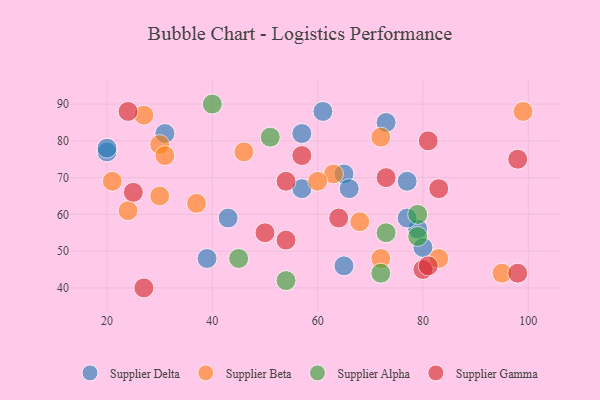
{"axis": {"x": "GDP", "y": "Life Expectancy"}, "legend": ["Supplier Alpha", "Supplier Beta", "Supplier Delta", "Supplier Gamma"], "data": [{"x": "73", "y": 85, "type": "Supplier Delta"}, {"x": "57", "y": 67, "type": "Supplier Delta"}, {"x": "20", "y": 77, "type": "Supplier Delta"}, {"x": "79", "y": 56, "type": "Supplier Delta"}, {"x": "43", "y": 59, "type": "Supplier Delta"}, {"x": "65", "y": 71, "type": "Supplier Delta"}, {"x": "57", "y": 82, "type": "Supplier Delta"}, {"x": "66", "y": 67, "type": "Supplier Delta"}, {"x": "77", "y": 69, "type": "Supplier Delta"}, {"x": "65", "y": 46, "type": "Supplier Delta"}, {"x": "39", "y": 48, "type": "Supplier Delta"}, {"x": "80", "y": 51, "type": "Supplier Delta"}, {"x": "31", "y": 82, "type": "Supplier Delta"}, {"x": "20", "y": 78, "type": "Supplier Delta"}, {"x": "77", "y": 59, "type": "Supplier Delta"}, {"x": "61", "y": 88, "type": "Supplier Delta"}, {"x": "30", "y": 79, "type": "Supplier Beta"}, {"x": "46", "y": 77, "type": "Supplier Beta"}, {"x": "21", "y": 69, "type": "Supplier Beta"}, {"x": "24", "y": 61, "type": "Supplier Beta"}, {"x": "63", "y": 71, "type": "Supplier Beta"}, {"x": "30", "y": 65, "type": "Supplier Beta"}, {"x": "99", "y": 88, "type": "Supplier Beta"}, {"x": "72", "y": 48, "type": "Supplier Beta"}, {"x": "83", "y": 48, "type": "Supplier Beta"}, {"x": "37", "y": 63, "type": "Supplier Beta"}, {"x": "60", "y": 69, "type": "Supplier Beta"}, {"x": "95", "y": 44, "type": "Supplier Beta"}, {"x": "68", "y": 58, "type": "Supplier Beta"}, {"x": "72", "y": 81, "type": "Supplier Beta"}, {"x": "27", "y": 87, "type": "Supplier Beta"}, {"x": "31", "y": 76, "type": "Supplier Beta"}, {"x": "40", "y": 90, "type": "Supplier Alpha"}, {"x": "54", "y": 42, "type": "Supplier Alpha"}, {"x": "73", "y": 55, "type": "Supplier Alpha"}, {"x": "45", "y": 48, "type": "Supplier Alpha"}, {"x": "51", "y": 81, "type": "Supplier Alpha"}, {"x": "79", "y": 54, "type": "Supplier Alpha"}, {"x": "79", "y": 60, "type": "Supplier Alpha"}, {"x": "72", "y": 44, "type": "Supplier Alpha"}, {"x": "27", "y": 40, "type": "Supplier Gamma"}, {"x": "54", "y": 69, "type": "Supplier Gamma"}, {"x": "50", "y": 55, "type": "Supplier Gamma"}, {"x": "98", "y": 44, "type": "Supplier Gamma"}, {"x": "80", "y": 45, "type": "Supplier Gamma"}, {"x": "57", "y": 76, "type": "Supplier Gamma"}, {"x": "81", "y": 80, "type": "Supplier Gamma"}, {"x": "98", "y": 75, "type": "Supplier Gamma"}, {"x": "64", "y": 59, "type": "Supplier Gamma"}, {"x": "54", "y": 53, "type": "Supplier Gamma"}, {"x": "24", "y": 88, "type": "Supplier Gamma"}, {"x": "73", "y": 70, "type": "Supplier Gamma"}, {"x": "81", "y": 46, "type": "Supplier Gamma"}, {"x": "25", "y": 66, "type": "Supplier Gamma"}, {"x": "83", "y": 67, "type": "Supplier Gamma"}]}